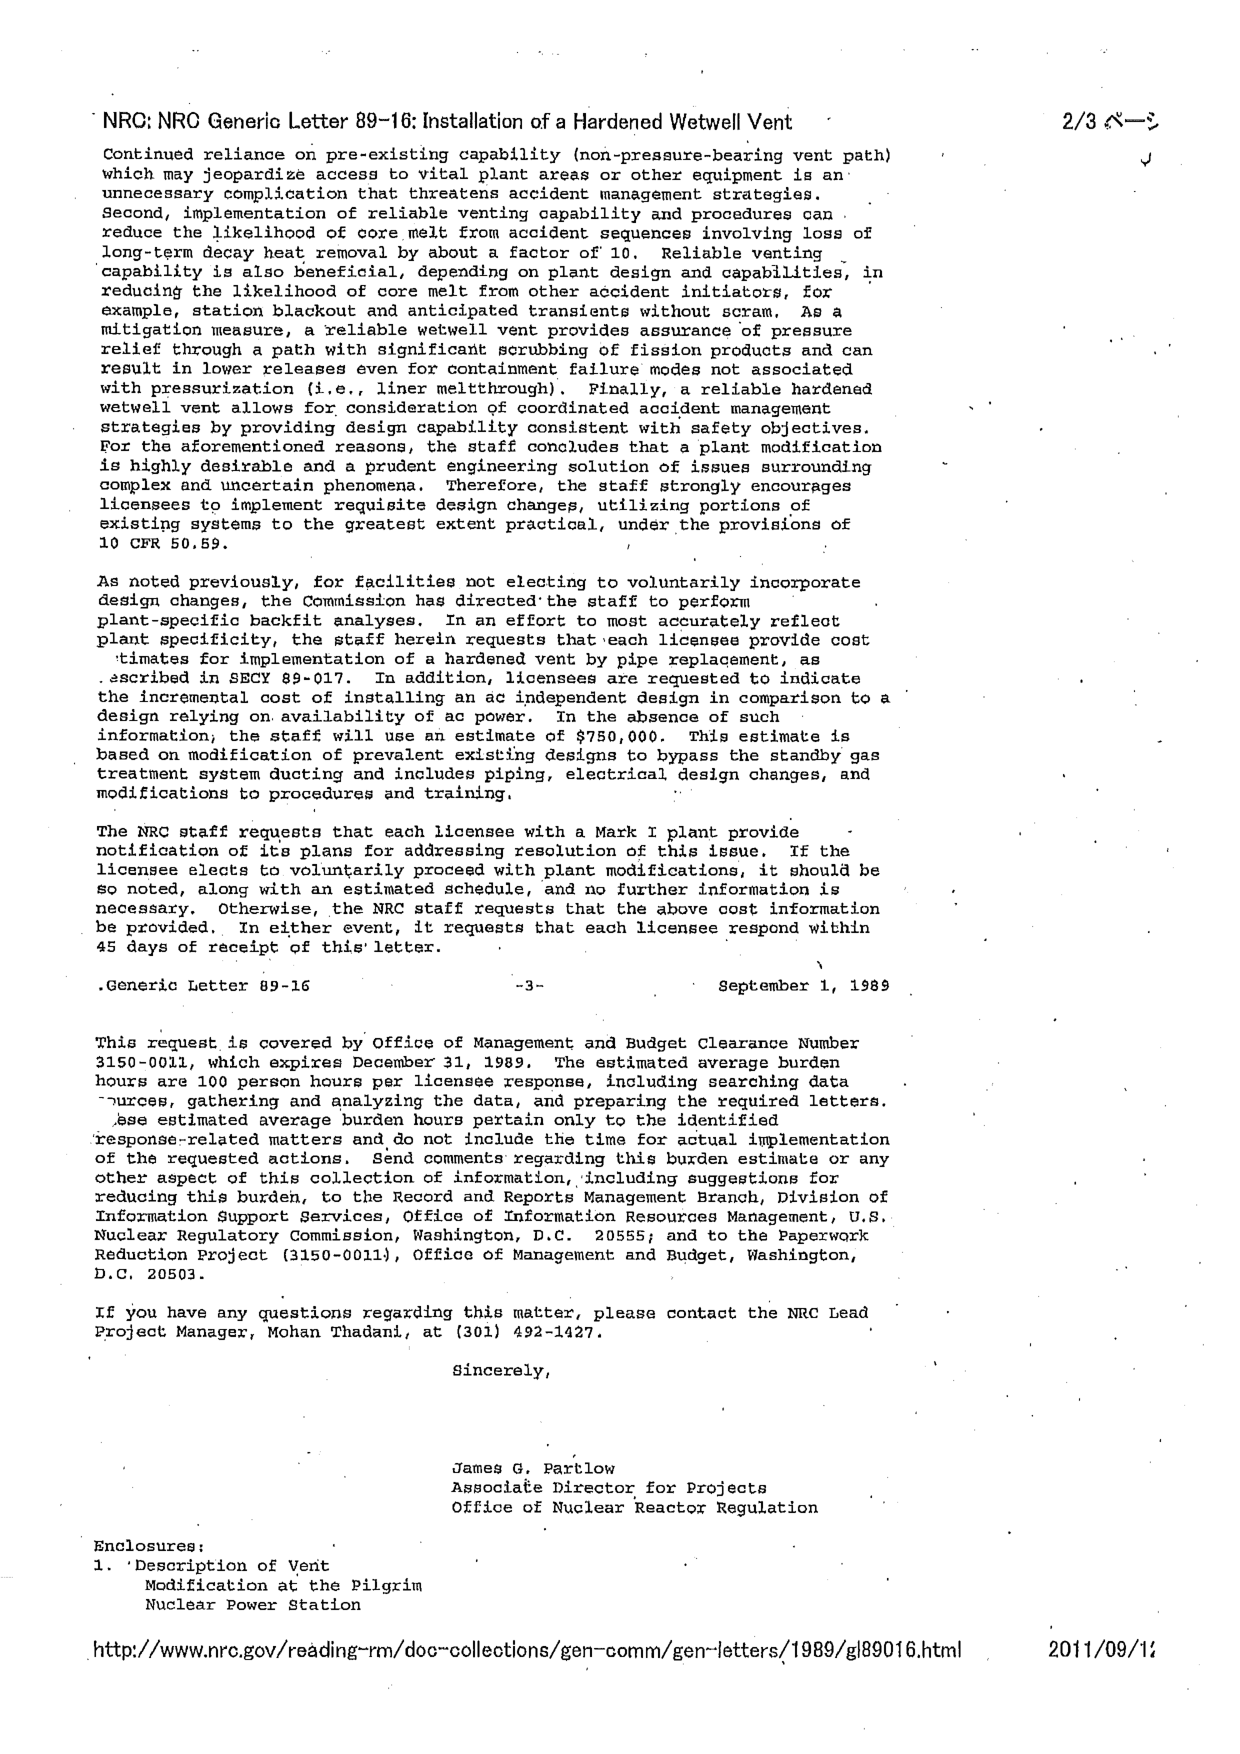
NRC: NRC Generic Letter 89-16: Installation of a Hardened Wetwell Vent

Continued reliance on pre-existing capability (non-pressure-bearing vent path) which may jeopardize access to vital plant areas or other equipment is an unnecessary complication that threatens accident management strategies. Second, implementation of reliable venting capability and procedures can reduce the likelihood of core melt from accident sequences involving loss of long-term decay heat removal by about a factor of 10. Reliable venting capability is also beneficial, depending on plant design and capabilities, in reducing the likelihood of core melt from other accident initiators, for example, station blackout and anticipated transients without scram. As a mitigation measure, a reliable wetwell vent provides assurance of pressure relief through a path with significant scrubbing of fission products and can result in lower releases even for containment failure modes not associated with pressurization (i.e., liner meltthrough). Finally, a reliable hardened wetwell vent allows for consideration of coordinated accident management strategies by providing design capability consistent with safety objectives. For the aforementioned reasons, the staff concludes that a plant modification is highly desirable and a prudent engineering solution of issues surrounding complex and uncertain phenomena. Therefore, the staff strongly encourages licensees to implement requisite design changes, utilizing portions of existing systems to the greatest extent practical, under the provisions of 10 CFR 50.59.

As noted previously, for facilities not electing to voluntarily incorporate design changes, the Commission has directed the staff to perform plant-specific backfit analyses. In an effort to most accurately reflect plant specificity, the staff herein requests that each licensee provide cost estimates for implementation of a hardened vent by pipe replacement, as described in SECY 89-017. In addition, licensees are requested to indicate the incremental cost of installing an ac independent design in comparison to a design relying on availability of ac power. In the absence of such information, the staff will use an estimate of $750,000. This estimate is based on modification of prevalent existing designs to bypass the standby gas treatment system ducting and includes piping, electrical design changes, and modifications to procedures and training.

The NRC staff requests that each licensee with a Mark I plant provide notification of its plans for addressing resolution of this issue. If the licensee elects to voluntarily proceed with plant modifications, it should be so noted, along with an estimated schedule, and no further information is necessary. Otherwise, the NRC staff requests that the above cost information be provided. In either event, it requests that each licensee respond within 45 days of receipt of this letter.

Generic Letter 89-16 -3- September 1, 1989

This request is covered by Office of Management and Budget Clearance Number 3150-0011, which expires December 31, 1989. The estimated average burden hours are 100 person hours per licensee response, including searching data sources, gathering and analyzing the data, and preparing the required letters. These estimated average burden hours pertain only to the identified response-related matters and do not include the time for actual implementation of the requested actions. Send comments regarding this burden estimate or any other aspect of this collection of information, including suggestions for reducing this burden, to the Record and Reports Management Branch, Division of Information Support Services, Office of Information Resources Management, U.S. Nuclear Regulatory Commission, Washington, D.C. 20555; and to the Paperwork Reduction Project (3150-0011), Office of Management and Budget, Washington, D.C. 20503.

If you have any questions regarding this matter, please contact the NRC Lead Project Manager, Mohan Thadani, at (301) 492-1427.

Sincerely,

James G. Partlow
Associate Director for Projects
Office of Nuclear Reactor Regulation

Enclosures:
1. Description of Vent Modification at the Pilgrim Nuclear Power Station

http://www.nrc.gov/reading-rm/doc-collections/gen-comm/gen-letters/1989/g89016.html 2011/09/11

2/3 ページ